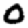
Digit: 0